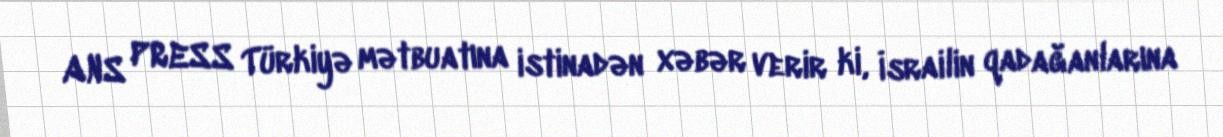
ANS PRESS Türkiyə mətbuatına istinadən xəbər verir ki, İsrailin qadağanlarına